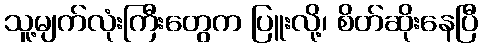
သူ့မျက်လုံးကြီးတွေက ပြူးလို့၊ စိတ်ဆိုးနေပြီ